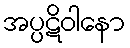
အပ္ပဋိဝါနော